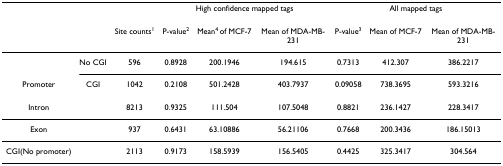
|  |  |  | <COLSPAN=3> High confidence mapped tags | <COLSPAN=3> All mapped tags |
 |  |  | Site counts1 | P-value2 | Mean4 of MCF-7 | Mean of MDA-MB-231 | P-value3 | Mean of MCF-7 | Mean of MDA-MB-231 |
 | --- | --- | --- | --- | --- | --- | --- | --- | --- |
 |  | No CGI | 596 | 0.8928 | 200.1946 | 194.615 | 0.7313 | 412.307 | 386.2217 |
 | Promoter | CGI | 1042 | 0.2108 | 501.2428 | 403.7937 | 0.09058 | 738.3695 | 593.3216 |
 | Intron |  | 8213 | 0.9325 | 111.504 | 107.5048 | 0.8821 | 236.1427 | 228.3417 |
 | Exon |  | 937 | 0.6431 | 63.10886 | 56.21106 | 0.7668 | 200.3436 | 186.15013 |
 | CGI(No promoter) |  | 2113 | 0.9173 | 158.5939 | 156.5405 | 0.4425 | 325.3417 | 304.564 |